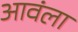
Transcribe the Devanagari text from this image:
आवंला